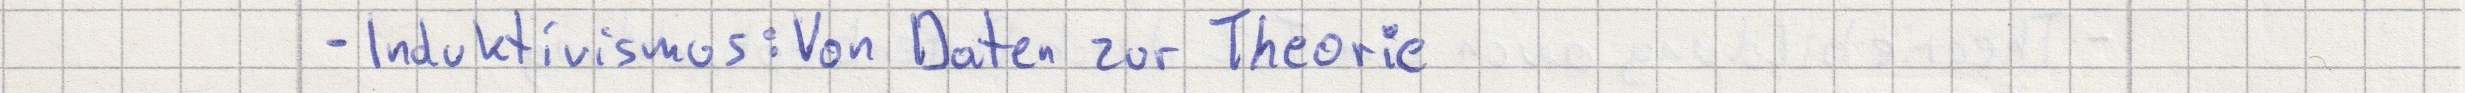
- Induktivismus: Von Daten zur Theorie